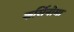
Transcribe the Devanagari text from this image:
कर्सिनोमा